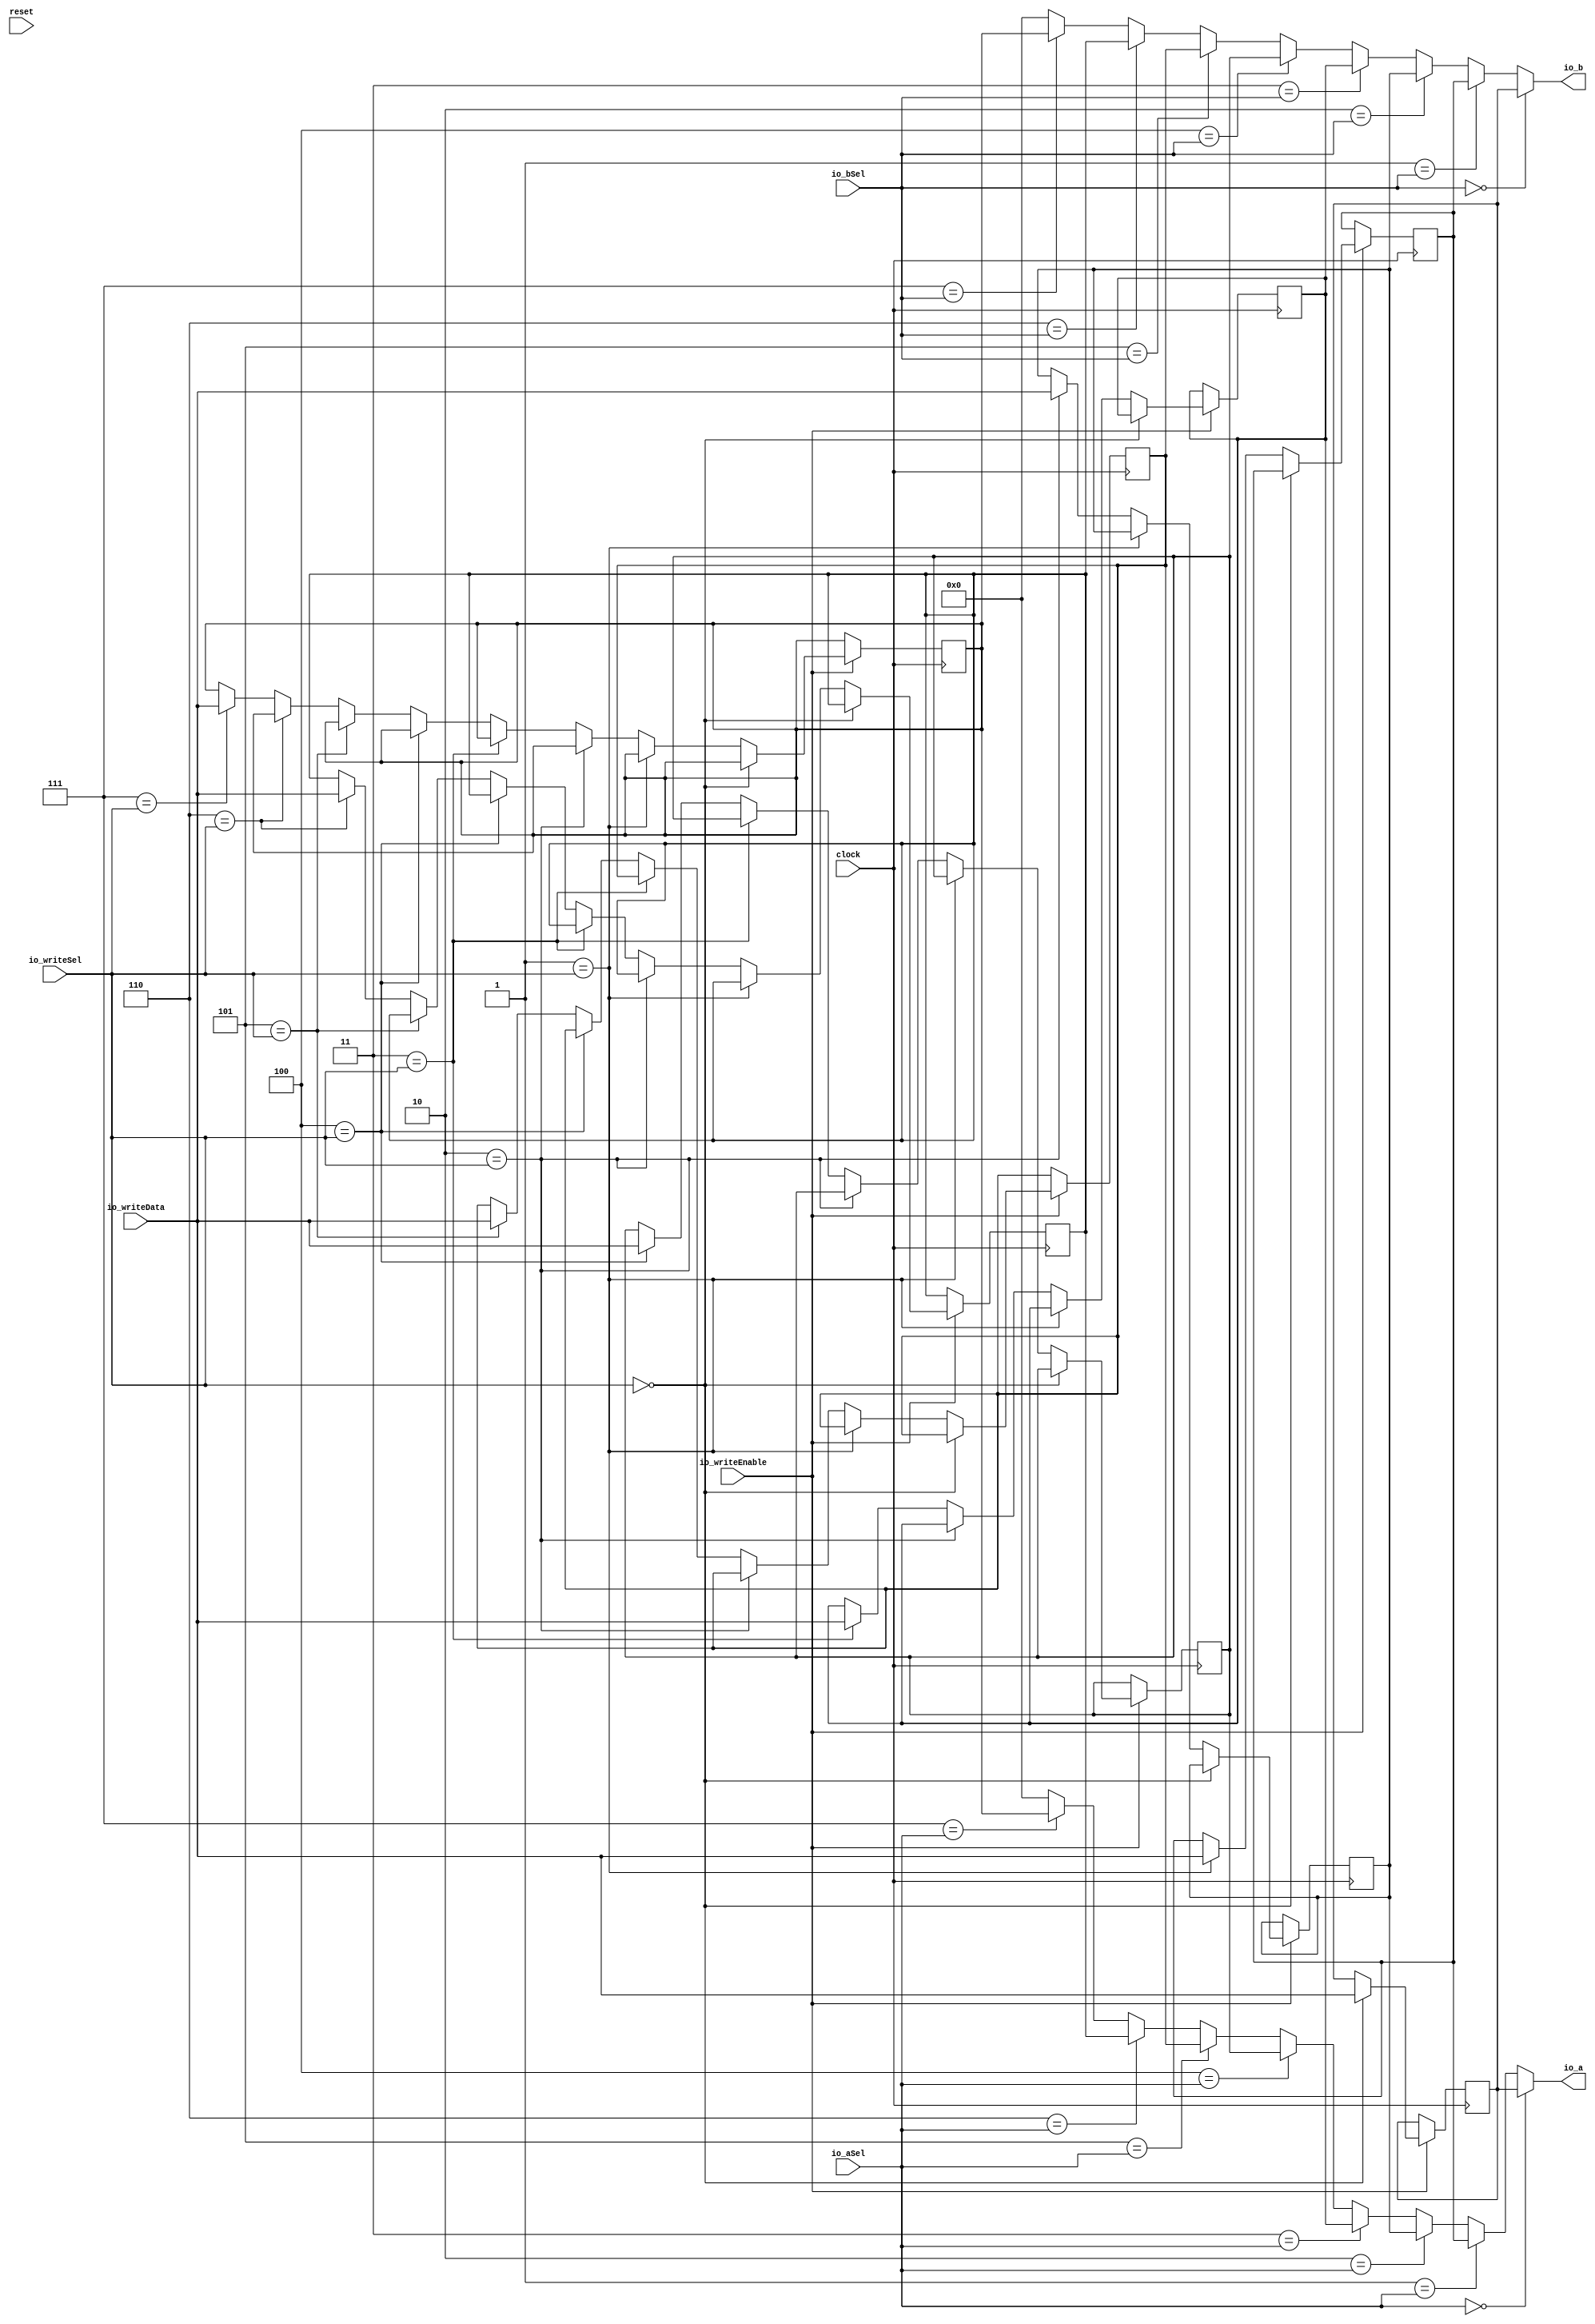
module RegisterFile(
  input         clock,
  input         reset,
  input  [2:0]  io_aSel,
  input  [2:0]  io_bSel,
  input  [31:0] io_writeData,
  input  [2:0]  io_writeSel,
  input         io_writeEnable,
  output [31:0] io_a,
  output [31:0] io_b
);
`ifdef RANDOMIZE_REG_INIT
  reg [31:0] _RAND_0;
  reg [31:0] _RAND_1;
  reg [31:0] _RAND_2;
  reg [31:0] _RAND_3;
  reg [31:0] _RAND_4;
  reg [31:0] _RAND_5;
  reg [31:0] _RAND_6;
  reg [31:0] _RAND_7;
`endif // RANDOMIZE_REG_INIT
  reg [31:0] R0; // @[RegisterFile.scala 18:15]
  reg [31:0] R1; // @[RegisterFile.scala 19:15]
  reg [31:0] R2; // @[RegisterFile.scala 20:15]
  reg [31:0] R3; // @[RegisterFile.scala 21:15]
  reg [31:0] R4; // @[RegisterFile.scala 22:15]
  reg [31:0] R5; // @[RegisterFile.scala 23:15]
  reg [31:0] R6; // @[RegisterFile.scala 24:15]
  reg [31:0] R7; // @[RegisterFile.scala 25:15]
  wire  _T = 3'h0 == io_aSel; // @[Conditional.scala 37:30]
  wire  _T_1 = 3'h1 == io_aSel; // @[Conditional.scala 37:30]
  wire  _T_2 = 3'h2 == io_aSel; // @[Conditional.scala 37:30]
  wire  _T_3 = 3'h3 == io_aSel; // @[Conditional.scala 37:30]
  wire  _T_4 = 3'h4 == io_aSel; // @[Conditional.scala 37:30]
  wire  _T_5 = 3'h5 == io_aSel; // @[Conditional.scala 37:30]
  wire  _T_6 = 3'h6 == io_aSel; // @[Conditional.scala 37:30]
  wire  _T_7 = 3'h7 == io_aSel; // @[Conditional.scala 37:30]
  wire [31:0] _GEN_0 = _T_7 ? R7 : 32'h0; // @[Conditional.scala 39:67]
  wire [31:0] _GEN_1 = _T_6 ? R6 : _GEN_0; // @[Conditional.scala 39:67]
  wire [31:0] _GEN_2 = _T_5 ? R5 : _GEN_1; // @[Conditional.scala 39:67]
  wire [31:0] _GEN_3 = _T_4 ? R4 : _GEN_2; // @[Conditional.scala 39:67]
  wire [31:0] _GEN_4 = _T_3 ? R3 : _GEN_3; // @[Conditional.scala 39:67]
  wire [31:0] _GEN_5 = _T_2 ? R2 : _GEN_4; // @[Conditional.scala 39:67]
  wire [31:0] _GEN_6 = _T_1 ? R1 : _GEN_5; // @[Conditional.scala 39:67]
  wire  _T_8 = 3'h0 == io_bSel; // @[Conditional.scala 37:30]
  wire  _T_9 = 3'h1 == io_bSel; // @[Conditional.scala 37:30]
  wire  _T_10 = 3'h2 == io_bSel; // @[Conditional.scala 37:30]
  wire  _T_11 = 3'h3 == io_bSel; // @[Conditional.scala 37:30]
  wire  _T_12 = 3'h4 == io_bSel; // @[Conditional.scala 37:30]
  wire  _T_13 = 3'h5 == io_bSel; // @[Conditional.scala 37:30]
  wire  _T_14 = 3'h6 == io_bSel; // @[Conditional.scala 37:30]
  wire  _T_15 = 3'h7 == io_bSel; // @[Conditional.scala 37:30]
  wire [31:0] _GEN_8 = _T_15 ? R7 : 32'h0; // @[Conditional.scala 39:67]
  wire [31:0] _GEN_9 = _T_14 ? R6 : _GEN_8; // @[Conditional.scala 39:67]
  wire [31:0] _GEN_10 = _T_13 ? R5 : _GEN_9; // @[Conditional.scala 39:67]
  wire [31:0] _GEN_11 = _T_12 ? R4 : _GEN_10; // @[Conditional.scala 39:67]
  wire [31:0] _GEN_12 = _T_11 ? R3 : _GEN_11; // @[Conditional.scala 39:67]
  wire [31:0] _GEN_13 = _T_10 ? R2 : _GEN_12; // @[Conditional.scala 39:67]
  wire [31:0] _GEN_14 = _T_9 ? R1 : _GEN_13; // @[Conditional.scala 39:67]
  wire  _T_17 = 3'h0 == io_writeSel; // @[Conditional.scala 37:30]
  wire  _T_18 = 3'h1 == io_writeSel; // @[Conditional.scala 37:30]
  wire  _T_19 = 3'h2 == io_writeSel; // @[Conditional.scala 37:30]
  wire  _T_20 = 3'h3 == io_writeSel; // @[Conditional.scala 37:30]
  wire  _T_21 = 3'h4 == io_writeSel; // @[Conditional.scala 37:30]
  wire  _T_22 = 3'h5 == io_writeSel; // @[Conditional.scala 37:30]
  wire  _T_23 = 3'h6 == io_writeSel; // @[Conditional.scala 37:30]
  wire  _T_24 = 3'h7 == io_writeSel; // @[Conditional.scala 37:30]
  assign io_a = _T ? R0 : _GEN_6; // @[RegisterFile.scala 27:8 RegisterFile.scala 30:20 RegisterFile.scala 31:20 RegisterFile.scala 32:20 RegisterFile.scala 33:20 RegisterFile.scala 34:20 RegisterFile.scala 35:20 RegisterFile.scala 36:20 RegisterFile.scala 37:20]
  assign io_b = _T_8 ? R0 : _GEN_14; // @[RegisterFile.scala 40:8 RegisterFile.scala 43:20 RegisterFile.scala 44:20 RegisterFile.scala 45:20 RegisterFile.scala 46:20 RegisterFile.scala 47:20 RegisterFile.scala 48:20 RegisterFile.scala 49:20 RegisterFile.scala 50:20]
`ifdef RANDOMIZE_GARBAGE_ASSIGN
`define RANDOMIZE
`endif
`ifdef RANDOMIZE_INVALID_ASSIGN
`define RANDOMIZE
`endif
`ifdef RANDOMIZE_REG_INIT
`define RANDOMIZE
`endif
`ifdef RANDOMIZE_MEM_INIT
`define RANDOMIZE
`endif
`ifndef RANDOM
`define RANDOM $random
`endif
`ifdef RANDOMIZE_MEM_INIT
  integer initvar;
`endif
`ifndef SYNTHESIS
`ifdef FIRRTL_BEFORE_INITIAL
`FIRRTL_BEFORE_INITIAL
`endif
initial begin
  `ifdef RANDOMIZE
    `ifdef INIT_RANDOM
      `INIT_RANDOM
    `endif
    `ifndef VERILATOR
      `ifdef RANDOMIZE_DELAY
        #`RANDOMIZE_DELAY begin end
      `else
        #0.002 begin end
      `endif
    `endif
`ifdef RANDOMIZE_REG_INIT
  _RAND_0 = {1{`RANDOM}};
  R0 = _RAND_0[31:0];
  _RAND_1 = {1{`RANDOM}};
  R1 = _RAND_1[31:0];
  _RAND_2 = {1{`RANDOM}};
  R2 = _RAND_2[31:0];
  _RAND_3 = {1{`RANDOM}};
  R3 = _RAND_3[31:0];
  _RAND_4 = {1{`RANDOM}};
  R4 = _RAND_4[31:0];
  _RAND_5 = {1{`RANDOM}};
  R5 = _RAND_5[31:0];
  _RAND_6 = {1{`RANDOM}};
  R6 = _RAND_6[31:0];
  _RAND_7 = {1{`RANDOM}};
  R7 = _RAND_7[31:0];
`endif // RANDOMIZE_REG_INIT
  `endif // RANDOMIZE
end // initial
`ifdef FIRRTL_AFTER_INITIAL
`FIRRTL_AFTER_INITIAL
`endif
`endif // SYNTHESIS
  always @(posedge clock) begin
    if (io_writeEnable) begin
      if (_T_17) begin
        R0 <= io_writeData;
      end
    end
    if (io_writeEnable) begin
      if (!(_T_17)) begin
        if (_T_18) begin
          R1 <= io_writeData;
        end
      end
    end
    if (io_writeEnable) begin
      if (!(_T_17)) begin
        if (!(_T_18)) begin
          if (_T_19) begin
            R2 <= io_writeData;
          end
        end
      end
    end
    if (io_writeEnable) begin
      if (!(_T_17)) begin
        if (!(_T_18)) begin
          if (!(_T_19)) begin
            if (_T_20) begin
              R3 <= io_writeData;
            end
          end
        end
      end
    end
    if (io_writeEnable) begin
      if (!(_T_17)) begin
        if (!(_T_18)) begin
          if (!(_T_19)) begin
            if (!(_T_20)) begin
              if (_T_21) begin
                R4 <= io_writeData;
              end
            end
          end
        end
      end
    end
    if (io_writeEnable) begin
      if (!(_T_17)) begin
        if (!(_T_18)) begin
          if (!(_T_19)) begin
            if (!(_T_20)) begin
              if (!(_T_21)) begin
                if (_T_22) begin
                  R5 <= io_writeData;
                end
              end
            end
          end
        end
      end
    end
    if (io_writeEnable) begin
      if (!(_T_17)) begin
        if (!(_T_18)) begin
          if (!(_T_19)) begin
            if (!(_T_20)) begin
              if (!(_T_21)) begin
                if (!(_T_22)) begin
                  if (_T_23) begin
                    R6 <= io_writeData;
                  end
                end
              end
            end
          end
        end
      end
    end
    if (io_writeEnable) begin
      if (!(_T_17)) begin
        if (!(_T_18)) begin
          if (!(_T_19)) begin
            if (!(_T_20)) begin
              if (!(_T_21)) begin
                if (!(_T_22)) begin
                  if (!(_T_23)) begin
                    if (_T_24) begin
                      R7 <= io_writeData;
                    end
                  end
                end
              end
            end
          end
        end
      end
    end
  end
endmodule